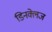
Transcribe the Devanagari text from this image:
डिनक्लेज